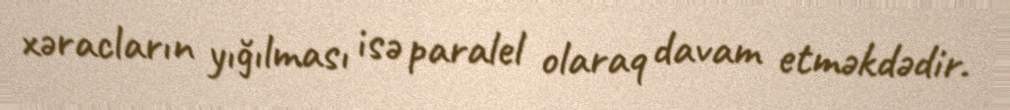
xəracların yığılması isə paralel olaraq davam etməkdədir.